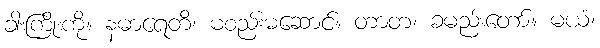
ခါးကြိုးကို။ နဓာရေတိ၊ မစည်းမဆောင်။ တာတ၊ ခမည်းတော်။ မယံ၊